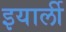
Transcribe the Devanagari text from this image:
इयार्ली